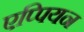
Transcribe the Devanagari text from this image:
एप्पियन